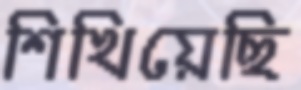
শিখিয়েছি